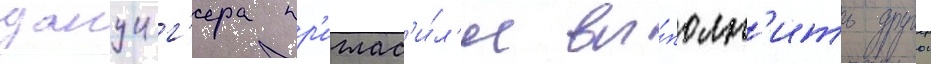
данциг'ера пр'иглас'и́л'и вы́полн'ить другои